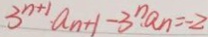
3 ^ { n + 1 } \cdot a _ { n + 1 } - 3 ^ { n } \cdot a _ { n } = - 2